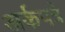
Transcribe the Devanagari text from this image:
अर्कपत्रे